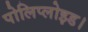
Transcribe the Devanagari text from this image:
पोलिप्लोइड।